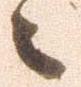
々